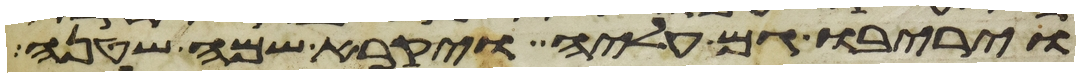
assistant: ויריבו גם עליה ויקרא שמה שטנה